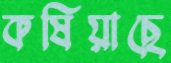
কষিয়াছে